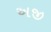
અજી